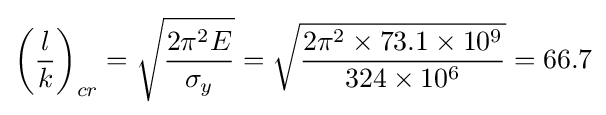
{\left({\frac {l}{k}}\right)}_{cr}={\sqrt {2\pi ^{2}E \over \sigma _{y}}}={\sqrt {\frac {2\pi ^{2}\times 73.1\times 10^{9}}{324\times 10^{6}}}}=66.7